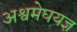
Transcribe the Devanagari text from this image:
अश्वमेघयज्ञ